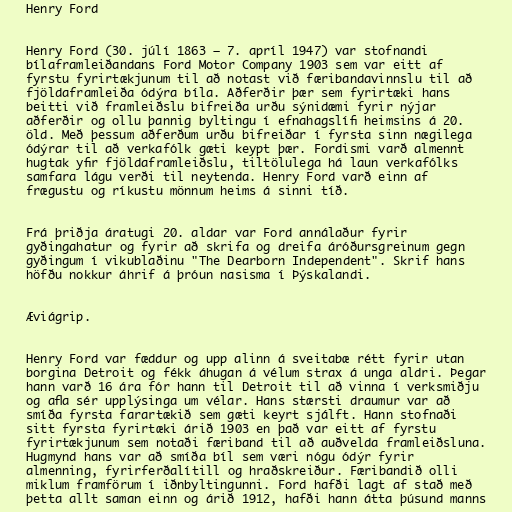
Henry Ford

Henry Ford (30. júlí 1863 – 7. apríl 1947) var stofnandi
bílaframleiðandans Ford Motor Company 1903 sem var eitt af
fyrstu fyrirtækjunum til að notast við færibandavinnslu til að
fjöldaframleiða ódýra bíla. Aðferðir þær sem fyrirtæki hans
beitti við framleiðslu bifreiða urðu sýnidæmi fyrir nýjar
aðferðir og ollu þannig byltingu í efnahagslífi heimsins á 20.
öld. Með þessum aðferðum urðu bifreiðar í fyrsta sinn nægilega
ódýrar til að verkafólk gæti keypt þær. Fordismi varð almennt
hugtak yfir fjöldaframleiðslu, tiltölulega há laun verkafólks
samfara lágu verði til neytenda. Henry Ford varð einn af
frægustu og ríkustu mönnum heims á sinni tíð.

Frá þriðja áratugi 20. aldar var Ford annálaður fyrir
gyðingahatur og fyrir að skrifa og dreifa áróðursgreinum gegn
gyðingum í vikublaðinu "The Dearborn Independent". Skrif hans
höfðu nokkur áhrif á þróun nasisma í Þýskalandi.

Æviágrip.

Henry Ford var fæddur og upp alinn á sveitabæ rétt fyrir utan
borgina Detroit og fékk áhugan á vélum strax á unga aldri. Þegar
hann varð 16 ára fór hann til Detroit til að vinna í verksmiðju
og afla sér upplýsinga um vélar. Hans stærsti draumur var að
smíða fyrsta farartækið sem gæti keyrt sjálft. Hann stofnaði
sitt fyrsta fyrirtæki árið 1903 en það var eitt af fyrstu
fyrirtækjunum sem notaði færiband til að auðvelda framleiðsluna.
Hugmynd hans var að smíða bíl sem væri nógu ódýr fyrir
almenning, fyrirferðalítill og hraðskreiður. Færibandið olli
miklum framförum í iðnbyltingunni. Ford hafði lagt af stað með
þetta allt saman einn og árið 1912, hafði hann átta þúsund manns